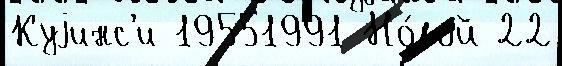
Куjинс'и 19551991 Но́вой 22